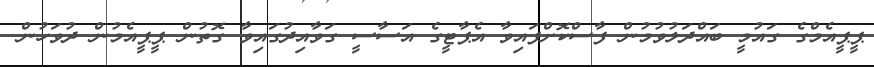
ޕީޕީއެމްގެ ގައުމީ ބައްދަލުވުމުން ފާސްކޮށްފައިވާ އެޕާޓީގެ އަސާސީ ގަވާއިދުގައިވާ ގޮތުން ޕީޕީއެމުން ދުވަހުން